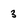
Character: 3